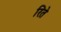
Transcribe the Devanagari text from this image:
रिते